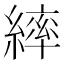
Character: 繂